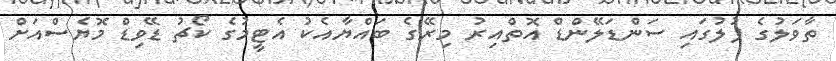
ތާވަލުގެ ފުލުގައި ސަންޑަލޭންޑް އޮތްއިރު މިރޭގެ ބައްޔާއެކު އެޓީމުގެ ކޯޗު ޑޭވިޑް މޮޔެސްއަށް